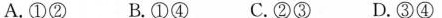
A.①② B.①④C.②③D.③④